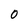
Character: 0